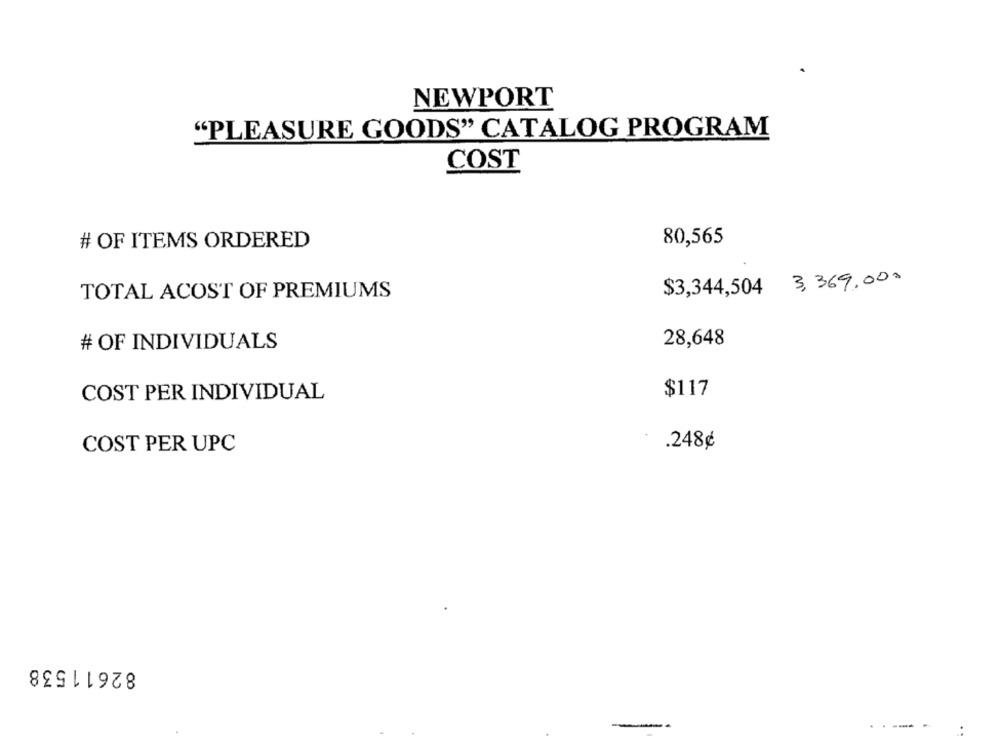
NEWPORT
"PLEASURE GOODS" CATALOG PROGRAM
COST
# OF ITEMS ORDERED
80,565
$3,344,504 3,369,000
TOTAL ACOST OF PREMIUMS
# OF INDIVIDUALS
28,648
$117
COST PER INDIVIDUAL
COST PER UPC
.248¢
82611538
-- -